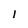
Character: I